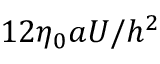
1 2 \eta _ { 0 } a U / h ^ { 2 }